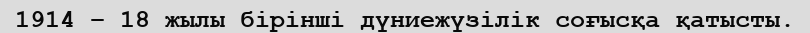
1914 – 18 жылы бірінші дүниежүзілік соғысқа қатысты.